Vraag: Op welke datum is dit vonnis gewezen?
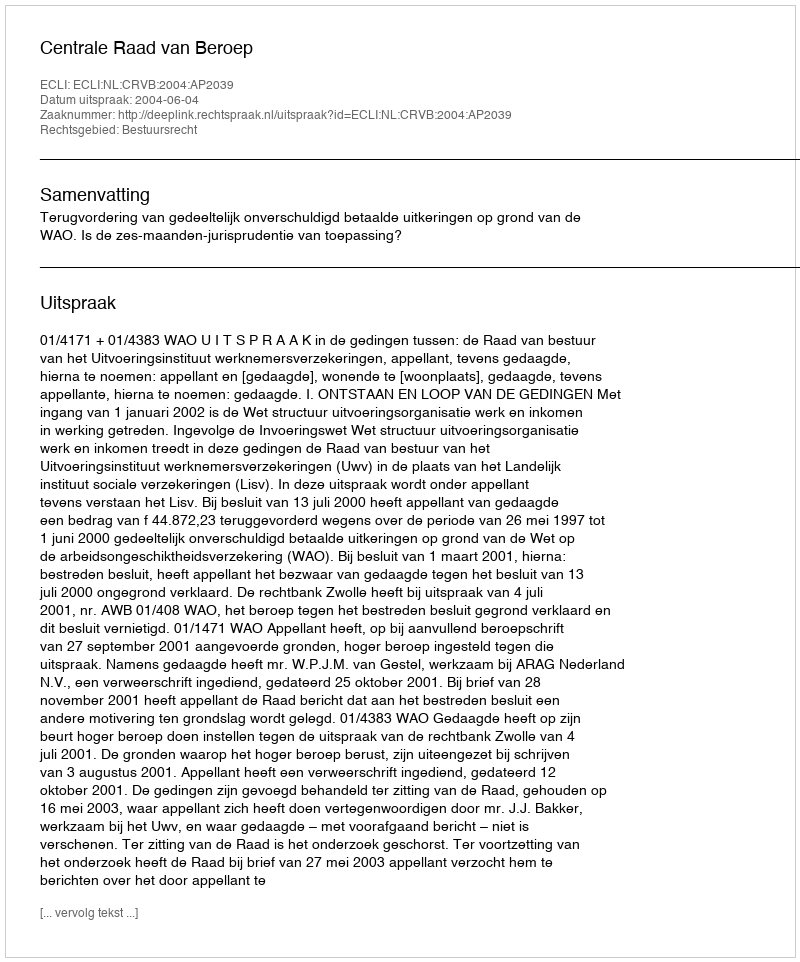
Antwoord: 2004-06-04